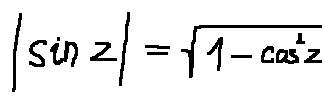
| \sin z | = \sqrt { 1 - \cos ^ { 2 } z }